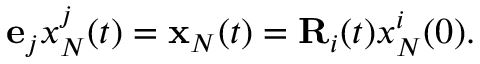
\begin{array} { r } { { \bf e } _ { j } x _ { N } ^ { j } ( t ) = { \bf x } _ { N } ( t ) = { \bf R } _ { i } ( t ) x _ { N } ^ { i } ( 0 ) . } \end{array}